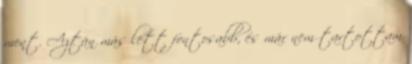
ment. Aztán más lett fontosabb, és már nem tartottam